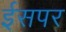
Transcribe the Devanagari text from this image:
ईसपर